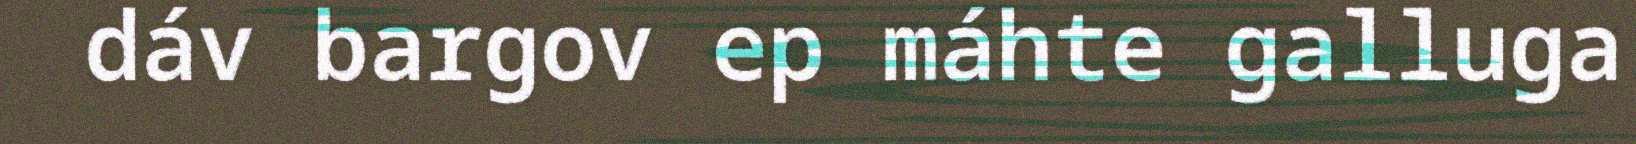
dáv bargov ep máhte galluga